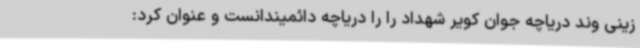
زینی وند دریاچه جوان کویر شهداد را را دریاچه دائمیندانست و عنوان کرد: